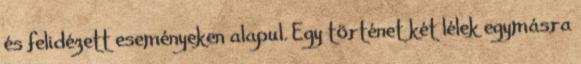
és felidézett eseményeken alapul. Egy történet két lélek egymásra